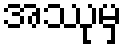
အဿုမှ